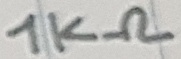
Text: 1KΩ